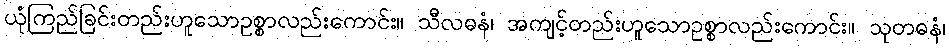
ယုံကြည်ခြင်းတည်းဟူသောဥစ္စာလည်းကောင်း။ သီလဓနံ၊ အကျင့်တည်းဟူသောဥစ္စာလည်းကောင်း။ သုတဓနံ၊